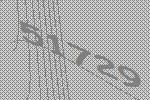
51729